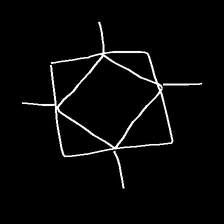
Glyph: light